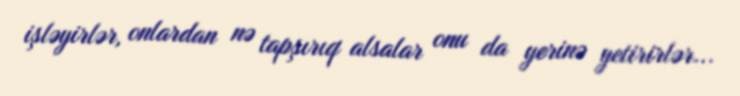
işləyirlər, onlardan nə tapşırıq alsalar onu da yerinə yetirirlər...